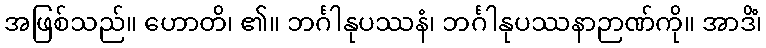
အဖြစ်သည်။ ဟောတိ၊ ၏။ ဘင်္ဂါနုပဿနံ၊ ဘင်္ဂါနုပဿနာဉာဏ်ကို။ အာဒိံ၊